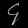
Digit: ၄